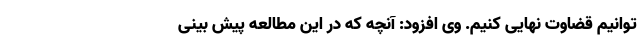
‌توانیم قضاوت نهایی کنیم. وی افزود: آنچه که در این مطالعه پیش بینی